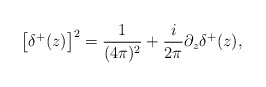
\begin{align*}\left[\delta^+(z)\right]^2=\frac{1}{(4\pi)^2}+\frac{i}{2\pi}\partial_z\delta^+(z),\end{align*}